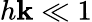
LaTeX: h\mathbf{k}\ll1